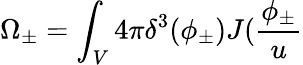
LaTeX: \Omega_{\pm}=\int_{V}4\pi\delta^{3}(\phi_{\pm})J(\frac{\phi_{\pm}}u